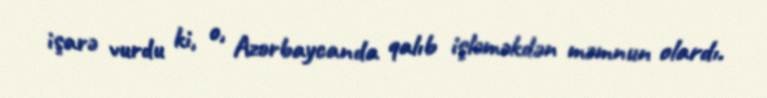
işarə vurdu ki, o, Azərbaycanda qalıb işləməkdən məmnun olardı.